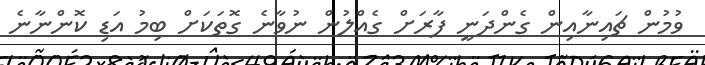
ވުމުން ޗައިނާއިން ގެންދަނީ ފާރަށް ގެއްލުން ނުވާނެ ގޮތަކަށް ބިމު އަޑި ކޮންނާނެ